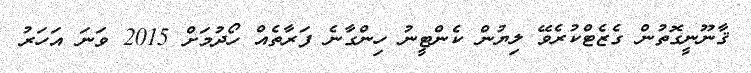
ޤާނޫނީގޮތުން ގެޒެޓްކުރެވޭ ލިޔުން ކެންޓީނު ހިންގާނެ ފަރާތެއް ހޯދުމަށް 2015 ވަނަ އަހަރު